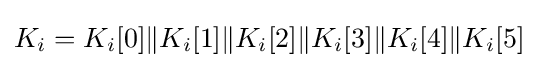
K_{i}=K_{i}[0]\|K_{i}[1]\|K_{i}[2]\|K_{i}[3]\|K_{i}[4]\|K_{i}[5]